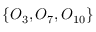
\{ O _ { 3 } , O _ { 7 } , O _ { 1 0 } \}